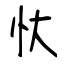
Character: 忕